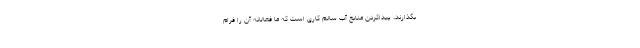
بگذارند، پیداکردن منابع آب سالم کاری است که ما فعالانه آن را فرام